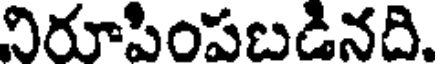
నిరూపింపబడినది.